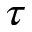
\tau